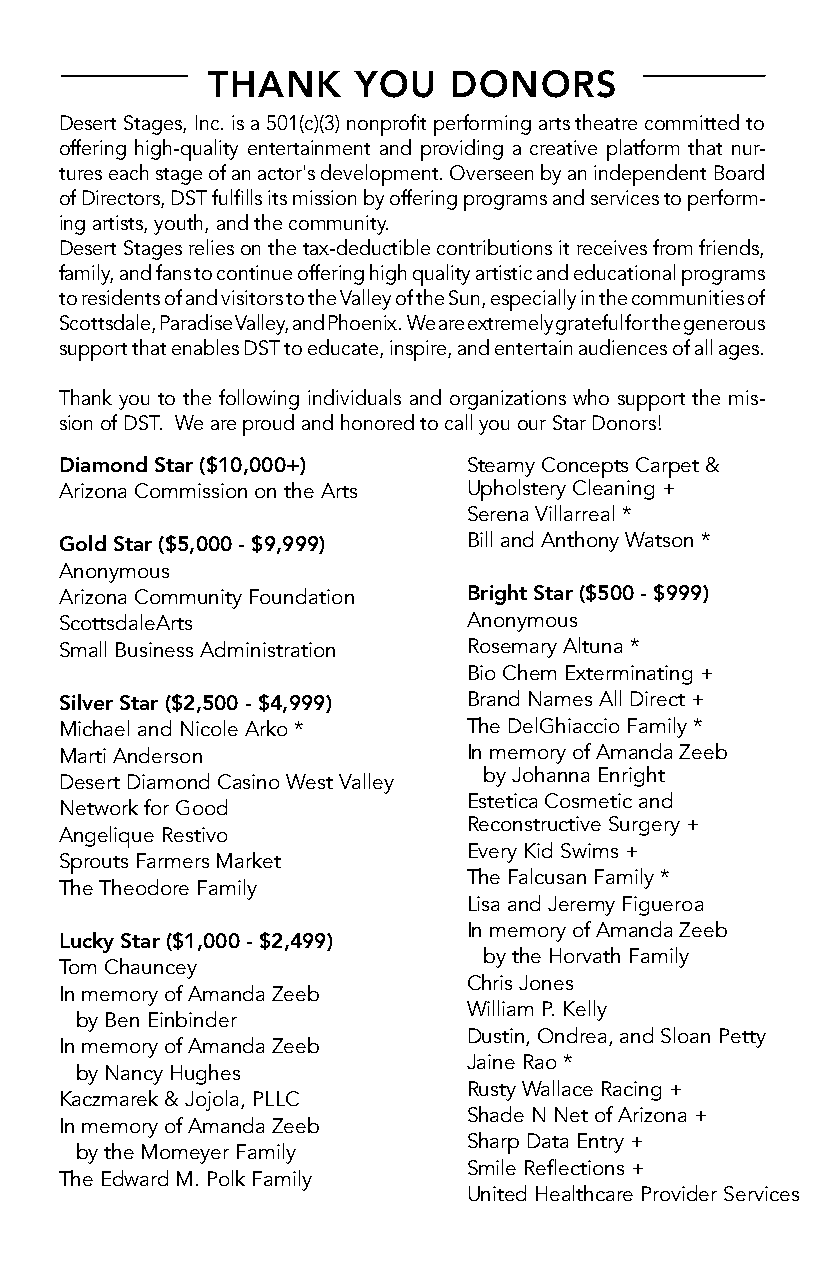
THANK    YOU    DONORS
 Desert Stages, Inc. is a 501(c)(3) nonprofit performing arts theatre committed to
 offering high-quality entertainment and providing a creative platform that nur-
 tures each stage of an actor's development. Overseen by an independent Board
 of Directors, DST fulfills its mission by offering programs and services to perform-
 ing artists, youth, and the community.
 Desert Stages relies on the tax-deductible contributions it receives from friends,
 family, and fans to continue offering high quality artistic and educational programs
 to residents of and visitors to the Valley of the Sun, especially in the communities of
 Scottsdale, Paradise Valley, and Phoenix. We are extremely grateful for the generous
 support that enables DST to educate, inspire, and entertain audiences of all ages.
 Thank you to the following individuals and organizations who support the mis-
 sion of DST. We are proud and honored to call you our Star Donors!
 Diamond Star ($10,000+)    Steamy Concepts Carpet &
 Arizona Commission on the Arts Upholstery Cleaning +
 Serena Villarreal *
 Bill and Anthony Watson *
 Gold Star ($5,000 - $9,999)
 Anonymous
 Arizona Community Foundation Bright Star ($500 - $999)
 ScottsdaleArts             Anonymous
 Small Business Administration Rosemary Altuna *
 Bio Chem Exterminating +
 Brand Names All Direct +
 Silver Star ($2,500 - $4,999)
 Michael and Nicole Arko *  The DelGhiaccio Family *
 Marti Anderson             In memory of Amanda Zeeb
 by Johanna Enright
 Desert Diamond Casino West Valley
 Estetica Cosmetic and
 Network for Good
 Reconstructive Surgery +
 Angelique Restivo
 Every Kid Swims +
 Sprouts Farmers Market
 The Falcusan Family *
 The Theodore Family
 Lisa and Jeremy Figueroa
 In memory of Amanda Zeeb
 Lucky Star ($1,000 - $2,499)
 by the Horvath Family
 Tom Chauncey
 Chris Jones
 In memory of Amanda Zeeb
 William P. Kelly
 by Ben Einbinder
 Dustin, Ondrea, and Sloan Petty
 In memory of Amanda Zeeb
 Jaine Rao *
 by Nancy Hughes
 Rusty Wallace Racing +
 Kaczmarek & Jojola, PLLC
 Shade N Net of Arizona +
 In memory of Amanda Zeeb
 Sharp Data Entry +
 by the Momeyer Family
 Smile Reflections +
 The Edward M. Polk Family
 United Healthcare Provider Services